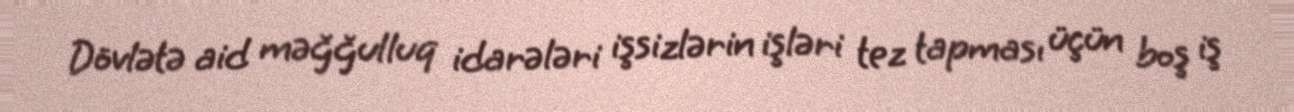
Dövlətə aid məğğulluq idarələri işsizlərin işləri tez tapması üçün boş iş